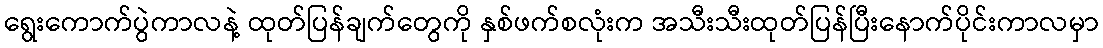
ရွေးကောက်ပွဲကာလနဲ့ ထုတ်ပြန်ချက်တွေကို နှစ်ဖက်စလုံးက အသီးသီးထုတ်ပြန်ပြီးနောက်ပိုင်းကာလမှာ